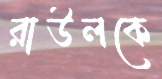
রাউলকে